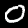
Digit: 0